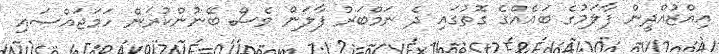
އިއްޒުއްދީން ފާލަމުގެ ބައެއްގެ ގޮތުގައި ދެ ނަމްބަރު ފާލަން ވެސް ބޭނުންކުރަން ހަމަޖައްސައި